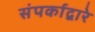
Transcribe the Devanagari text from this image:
संपर्काद्वारे